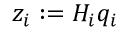
z _ { i } : = H _ { i } q _ { i }